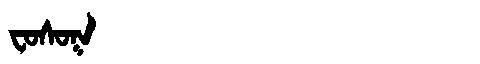
Manchu: ᠸᠣᠰᠣᡴ
Romanization: FOSOK